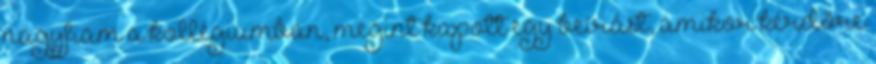
nagyfiam a kollégiumban, megint kapott egy beírást, amikor kérdőre